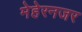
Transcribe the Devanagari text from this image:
मेहेरनजर